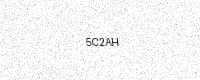
Text: 5C2AH